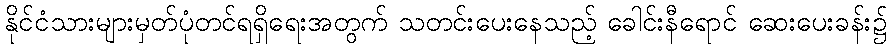
နိုင်ငံသားများမှတ်ပုံတင်ရရှိရေးအတွက် သတင်းပေးနေသည့် ခေါင်းနီရောင် ဆေးပေးခန်း၌